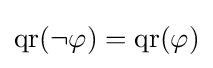
\operatorname {qr} (\lnot \varphi )=\operatorname {qr} (\varphi )